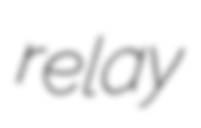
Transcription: relay